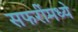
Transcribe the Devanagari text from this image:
सफरींमध्ये